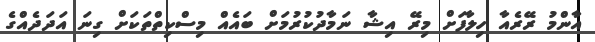
އާންމު ރޭރެއާ ހިލާފަށް މިރޭ އިޝާ ނަމާދުކުރުމަށް ބައެއް މިސްކިތްތަކަށް ގިނަ އަދަދެއްގެ